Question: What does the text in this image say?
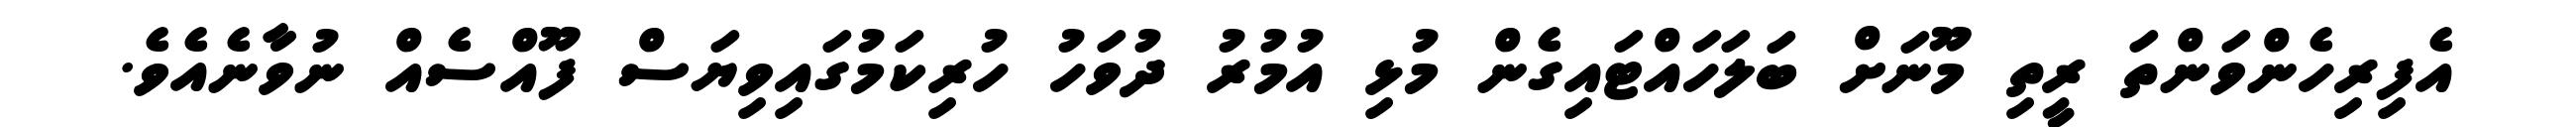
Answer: އެފިރިހެންވަންތަ ރީތި މޫނަށް ބަލަހައްޓައިގެން މުޅި އުމުރު ދުވަހު ހުރިކަމުގައިވިޔަސް ފޫއްސެއް ނުވާނެއެވެ.